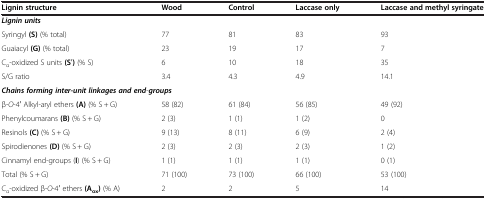
<table><thead><tr><td><b>Lignin structure</b></td><td><b>Wood</b></td><td><b>Control</b></td><td><b>Laccase only</b></td><td><b>Laccase and methyl syringate</b></td></tr></thead><tbody><tr><td colspan="5"><b><i>Lignin units</i></b></td></tr><tr><td>Syringyl <b>(S)</b> (% total)</td><td>77</td><td>81</td><td>83</td><td>93</td></tr><tr><td>Guaiacyl <b>(G)</b> (% total)</td><td>23</td><td>19</td><td>17</td><td>7</td></tr><tr><td>C<sub>α</sub>-oxidized S units <b>(Sʹ)</b> (% S)</td><td>6</td><td>10</td><td>18</td><td>35</td></tr><tr><td>S/G ratio</td><td>3.4</td><td>4.3</td><td>4.9</td><td>14.1</td></tr><tr><td colspan="5"><b><i>Chains forming inter-unit linkages and end</i></b>-<b><i>groups</i></b></td></tr><tr><td>β-<i>O</i>-4ʹ Alkyl-aryl ethers <b>(A)</b> (% S + G)</td><td>58 (82)</td><td>61 (84)</td><td>56 (85)</td><td>49 (92)</td></tr><tr><td>Phenylcoumarans <b>(B)</b> (% S + G)</td><td>2 (3)</td><td>1 (1)</td><td>1 (2)</td><td>0</td></tr><tr><td>Resinols <b>(C)</b> (% S + G)</td><td>9 (13)</td><td>8 (11)</td><td>6 (9)</td><td>2 (4)</td></tr><tr><td>Spirodienones <b>(D)</b> (% S + G)</td><td>2 (3)</td><td>2 (3)</td><td>2 (3)</td><td>1 (2)</td></tr><tr><td>Cinnamyl end-groups (<b>I</b>) (% S + G)</td><td>1 (1)</td><td>1 (1)</td><td>1 (1)</td><td>0 (1)</td></tr><tr><td>Total (% S + G)</td><td>71 (100)</td><td>73 (100)</td><td>66 (100)</td><td>53 (100)</td></tr><tr><td>C<sub>α</sub>-oxidized β-<i>O</i>-4ʹ ethers <b>(</b><b>A</b><sub><b>ox</b></sub><b>)</b> (% A)</td><td>2</td><td>2</td><td>5</td><td>14</td></tr></tbody></table>